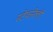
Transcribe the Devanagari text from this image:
स्टेफनेल्ली